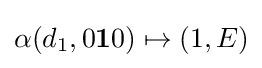
\alpha (d_{1},0\mathbf {1} 0)\mapsto (1,E)